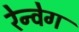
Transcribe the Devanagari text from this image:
रेन्वेग